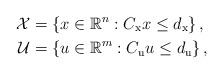
LaTeX: \begin{align*} \mathcal{X}&=\{x \in \mathbb{R}^n: C_{\mathrm{x}} x \leq d_{\mathrm{x}}\}\, , \\ \mathcal{U}&=\{u \in \mathbb{R}^m: C_{\mathrm{u}} u \leq d_{\mathrm{u}}\} \, ,\end{align*}